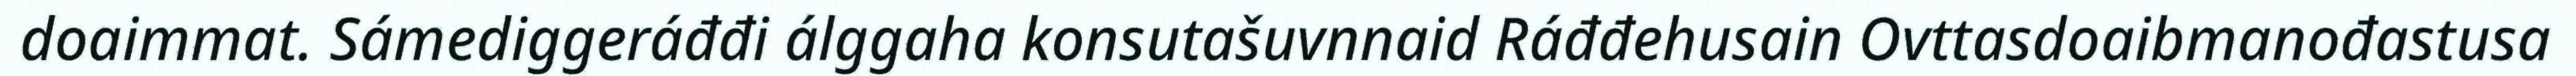
doaimmat. Sámediggeráđđi álggaha konsutašuvnnaid Ráđđehusain Ovttasdoaibmanođastusa